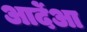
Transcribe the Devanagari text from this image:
आर्देआ